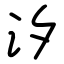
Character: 汐